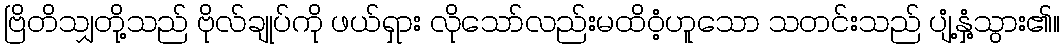
ဗြိတိသျှတို့သည် ဗိုလ်ချုပ်ကို ဖယ်ရှား လိုသော်လည်းမထိဝံ့ဟူသော သတင်းသည် ပျံ့နှံ့သွား၏။